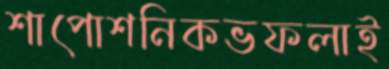
শাপোশনিকভফলাই